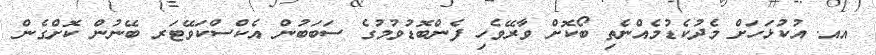
އއ. އުކުޅަހަށް މެދުކެޑުމެއްނެތި ބޯކޮށް ވާރޭވެހި ފެންބޮޑުވުމުގެ ސަބަބުން އެކްސްކަވޭޓަރ ބޭނުން ކޮށްގެން